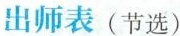
出师表(节选)